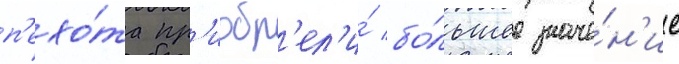
п'ехо́та пр'иобр'ел'и́ бо́льшее значе́н'ие